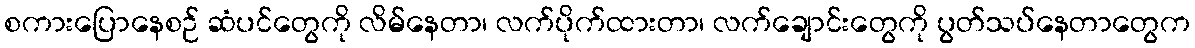
စကားပြောနေစဉ် ဆံပင်တွေကို လိမ်နေတာ၊ လက်ပိုက်ထားတာ၊ လက်ချောင်းတွေကို ပွတ်သပ်နေတာတွေက